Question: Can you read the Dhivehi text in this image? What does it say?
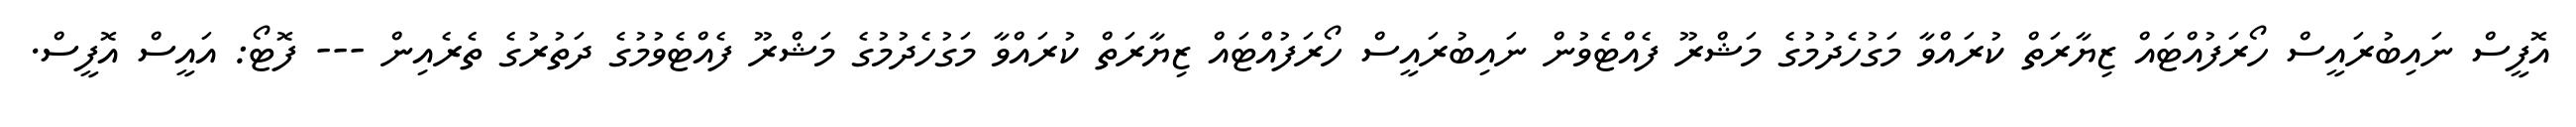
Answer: އޮފީސް ނައިބުރައީސް ހޯރަފުއްޓައް ޒިޔާރަތް ކުރައްވާ މަގުހެދުމުގެ މަޝްރޫ ފެއްޓެވުން ނައިބުރައީސް ހޯރަފުއްޓައް ޒިޔާރަތް ކުރައްވާ މަގުހެދުމުގެ މަޝްރޫ ފެއްޓެވުމުގެ ދަތުރުގެ ތެރެއިން --- ފޮޓޯ: އައީސް އޮފީސް.